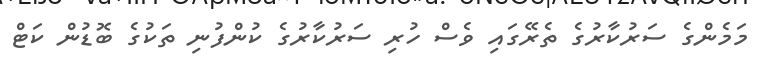
މަމެންގެ ސަރުކާރުގެ ތެރޭގައި ވެސް ހުރި ސަރުކާރުގެ ކުންފުނި ތަކުގެ ބޮޑުން ކަޓް